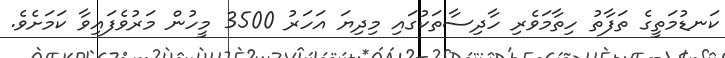
ކަނޑުމަތީގެ ތަފާތު ހިތާމަވެރި ހާދިސާތަކުގައި މިދިޔަ އަހަރު 3500 މީހުން މަރުވެފައިވާ ކަމަށެވެ.